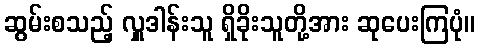
ဆွမ်းစသည့် လှူဒါန်းသူ ရှိခိုးသူတို့အား ဆုပေးကြပုံ။